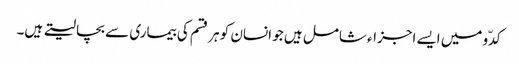
کدّو میں ایسے اجزاء شامل ہیں جو انسان کو ہر قسم کی بیماری سے بچا لیتے ہیں۔